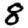
Digit: 8